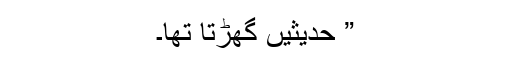
” حدیثیں گھڑتا تھا۔